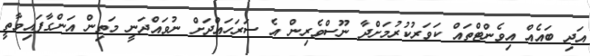
އަދި ބައެއް އިވެންޓްތައް ކަވަރުކުރުމަށްދާ ނޫސްވެރިން އެ ސަރަހައްދަށް ނުވައްދަނީ މަތިން އަންގާފައިވާތީ